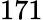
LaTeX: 171